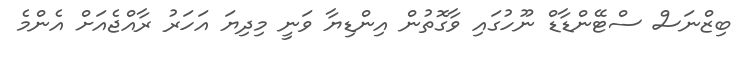
ބިޒްނަސް ސްޓޭންޑާޑް ނޫހުގައި ވާގޮތުން އިންޑިޔާ ވަނީ މިދިޔަ އަހަރު ރާއްޖެއަށް އެންމެ